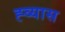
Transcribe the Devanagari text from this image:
ह्व्यास